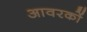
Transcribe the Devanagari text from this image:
आवरकों